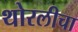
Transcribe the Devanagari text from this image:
थोरलीचा